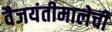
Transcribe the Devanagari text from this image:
वैजयंतीमालेची